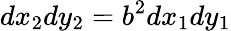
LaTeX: dx_{2}dy_{2}=b^{2}dx_{1}dy_{1}